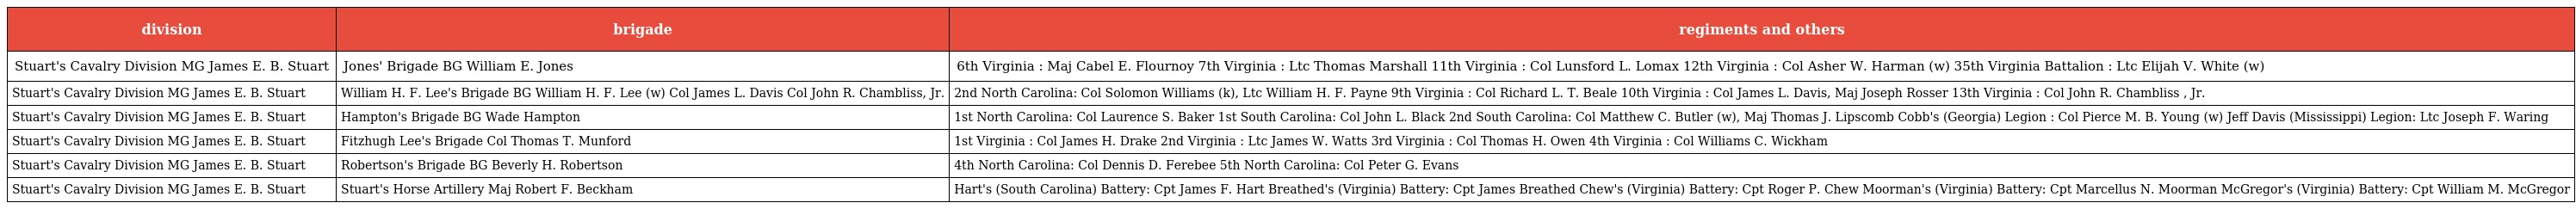
| division | brigade | regiments and others |
 | --- | --- | --- |
 | Stuart's Cavalry Division MG James E. B. Stuart | Jones' Brigade BG William E. Jones | 6th Virginia : Maj Cabel E. Flournoy 7th Virginia : Ltc Thomas Marshall 11th Virginia : Col Lunsford L. Lomax 12th Virginia : Col Asher W. Harman (w) 35th Virginia Battalion : Ltc Elijah V. White (w) |
 | Stuart's Cavalry Division MG James E. B. Stuart | William H. F. Lee's Brigade BG William H. F. Lee (w) Col James L. Davis Col John R. Chambliss, Jr. | 2nd North Carolina: Col Solomon Williams (k), Ltc William H. F. Payne 9th Virginia : Col Richard L. T. Beale 10th Virginia : Col James L. Davis, Maj Joseph Rosser 13th Virginia : Col John R. Chambliss , Jr. |
 | Stuart's Cavalry Division MG James E. B. Stuart | Hampton's Brigade BG Wade Hampton | 1st North Carolina: Col Laurence S. Baker 1st South Carolina: Col John L. Black 2nd South Carolina: Col Matthew C. Butler (w), Maj Thomas J. Lipscomb Cobb's (Georgia) Legion : Col Pierce M. B. Young (w) Jeff Davis (Mississippi) Legion: Ltc Joseph F. Waring |
 | Stuart's Cavalry Division MG James E. B. Stuart | Fitzhugh Lee's Brigade Col Thomas T. Munford | 1st Virginia : Col James H. Drake 2nd Virginia : Ltc James W. Watts 3rd Virginia : Col Thomas H. Owen 4th Virginia : Col Williams C. Wickham |
 | Stuart's Cavalry Division MG James E. B. Stuart | Robertson's Brigade BG Beverly H. Robertson | 4th North Carolina: Col Dennis D. Ferebee 5th North Carolina: Col Peter G. Evans |
 | Stuart's Cavalry Division MG James E. B. Stuart | Stuart's Horse Artillery Maj Robert F. Beckham | Hart's (South Carolina) Battery: Cpt James F. Hart Breathed's (Virginia) Battery: Cpt James Breathed Chew's (Virginia) Battery: Cpt Roger P. Chew Moorman's (Virginia) Battery: Cpt Marcellus N. Moorman McGregor's (Virginia) Battery: Cpt William M. McGregor |